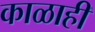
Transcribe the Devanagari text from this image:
काळाही